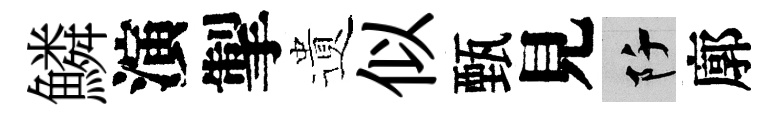
鱗演掣遺似甄見阡廓